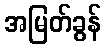
အမြတ်ခွန်